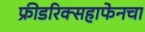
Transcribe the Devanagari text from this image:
फ्रीडरिक्सहाफेनचा